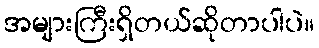
အများကြီးရှိတယ်ဆိုတာပါပဲ။